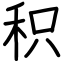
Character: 积